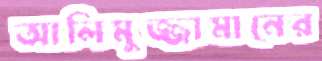
আলিমুজ্জামানের